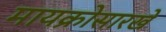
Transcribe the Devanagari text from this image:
मायक्रोसारखे